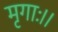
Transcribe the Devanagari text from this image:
मृगाः।।